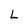
Character: L